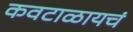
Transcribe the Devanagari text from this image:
कवटाळायचं